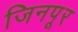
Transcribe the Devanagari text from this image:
जिनपूर